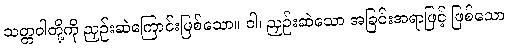
သတ္တဝါတို့ကို ညှဉ်းဆဲကြောင်းဖြစ်သော။ ဝါ၊ ညှဉ်းဆဲသော အခြင်းအရာဖြင့် ဖြစ်သော